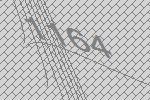
1164